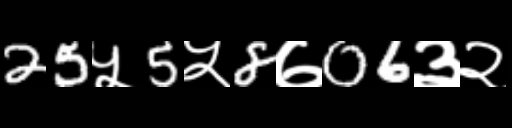
Text: 25५5५8७06३२